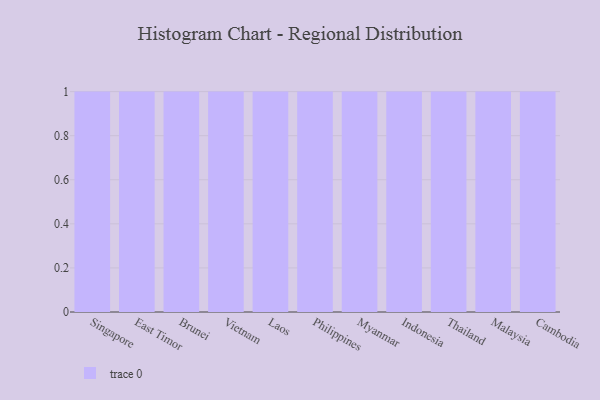
{"axis": {"x": "Country", "y": "Headcount"}, "legend": [""], "data": [{"x": "Singapore", "y": 7, "type": ""}, {"x": "East Timor", "y": 26, "type": ""}, {"x": "Brunei", "y": 53, "type": ""}, {"x": "Vietnam", "y": 64, "type": ""}, {"x": "Laos", "y": 24, "type": ""}, {"x": "Philippines", "y": 8, "type": ""}, {"x": "Myanmar", "y": 16, "type": ""}, {"x": "Indonesia", "y": 1, "type": ""}, {"x": "Thailand", "y": 89, "type": ""}, {"x": "Malaysia", "y": 96, "type": ""}, {"x": "Cambodia", "y": 14, "type": ""}]}